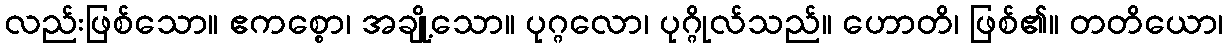
လည်းဖြစ်သော။ ဧကစ္စော၊ အချို့သော။ ပုဂ္ဂလော၊ ပုဂ္ဂိုလ်သည်။ ဟောတိ၊ ဖြစ်၏။ တတိယော၊